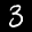
Label: 3